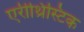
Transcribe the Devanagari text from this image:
एरीथ्रिस्टिक